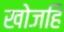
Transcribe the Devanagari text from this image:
खोजहि